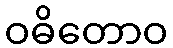
ဝဓိတောဝ